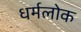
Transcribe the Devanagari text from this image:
धर्मलोक